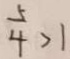
\frac { 5 } { 4 } > 1